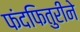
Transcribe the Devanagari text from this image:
फंदफितुरीने